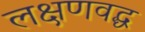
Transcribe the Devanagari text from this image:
लक्षणवद्ध